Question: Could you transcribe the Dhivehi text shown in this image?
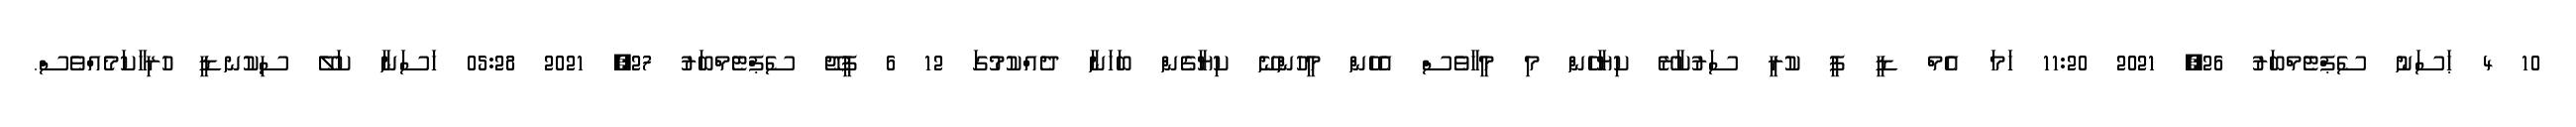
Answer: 10 4 ޙަސަނު ސެޕްޓެމްބަރު 26, 2021 11:20 ހަމަ އެމް ޑީ ޕީ ކުރީ ސަރުކާރޭ ކިޔާހެން މި މީހާވެސް އެހެން މީހުންނޭ ކިޔާގެން ބަހަނާ ދެއްކުމުގަ 12 6 ޕީޖޭ ސެޕްޓެމްބަރު 27, 2021 05:28 ހަސަނާ ކަލޭ ސިކުނޑީ ހުރިހާކަމެއްވެސް.